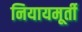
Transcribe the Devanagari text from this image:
नियायमूर्ती